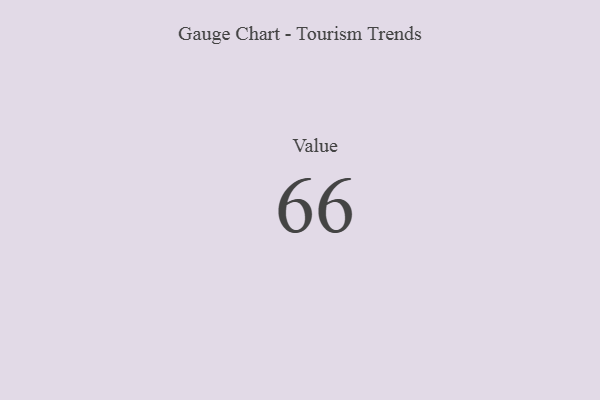
{"axis": {"x": "Metric", "y": "Value"}, "legend": [""], "data": [{"x": "Value", "y": 66, "type": ""}]}